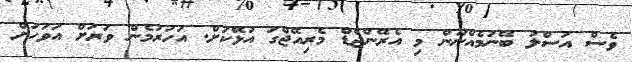
ވެސް އަސްލު ބޭނުމެއްނޫން މި އެރޭންޖްޑް މެރިއޭޖްގަ އުޅޭކަށް. އަހަރުމެން ވަރަށް އަވަހަށް